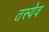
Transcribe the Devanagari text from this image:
तस्येव